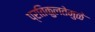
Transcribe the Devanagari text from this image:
प्रतिकुलतेमुळे